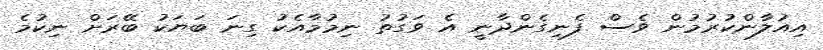
އިއުލާންކުރުމުން ވެސް ފެނިގެންދާނީ އެ ވަގުތު ނިމުމާއެކު ގިނަ ބަޔަކު ބޭރަށް ނިކުމެ